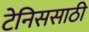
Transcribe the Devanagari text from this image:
टेनिससाठी